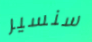
سنسير